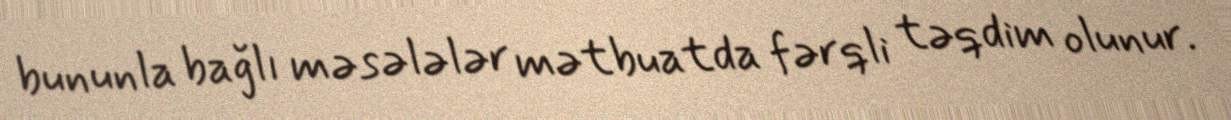
bununla bağlı məsələlər mətbuatda fərqli təqdim olunur.